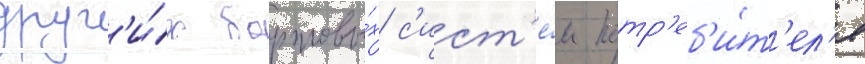
друг'и́х бортовы́х с'ист'е́м потр'еб'и́т'ел'я